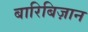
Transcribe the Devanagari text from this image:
बारिबिज़ान